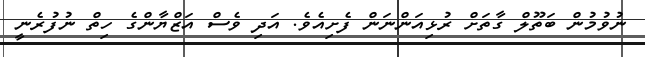
ނުވުމުން ބަތޫލް ގާތަށް ރުޅިއަންނަން ފެށިއެވެ. އަދި ވެސް އަޒްޔާންގެ ހިތް ނުފުރެނީ